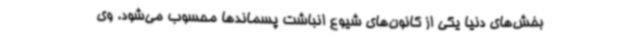
بخش‌های دنیا یکی از کانون‌های شیوع انباشت پسماندها محسوب می‌شود. وی